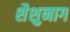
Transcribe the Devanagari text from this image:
शैशुनाग